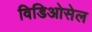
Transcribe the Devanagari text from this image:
विडिओसेल